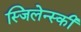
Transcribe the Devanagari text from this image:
स्जिलेन्स्की